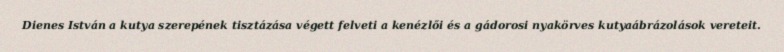
Dienes István a kutya szerepének tisztázása végett felveti a kenézlői és a gádorosi nyakörves kutyaábrázolások vereteit.